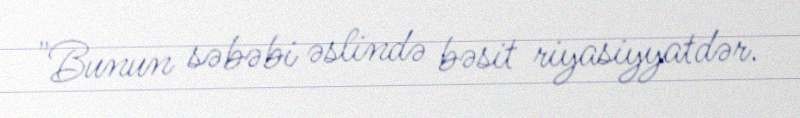
"Bunun səbəbi əslində bəsit riyasiyyatdər.